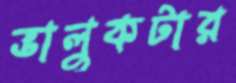
ভালুকটার